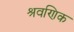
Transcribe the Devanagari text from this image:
श्रवणिक